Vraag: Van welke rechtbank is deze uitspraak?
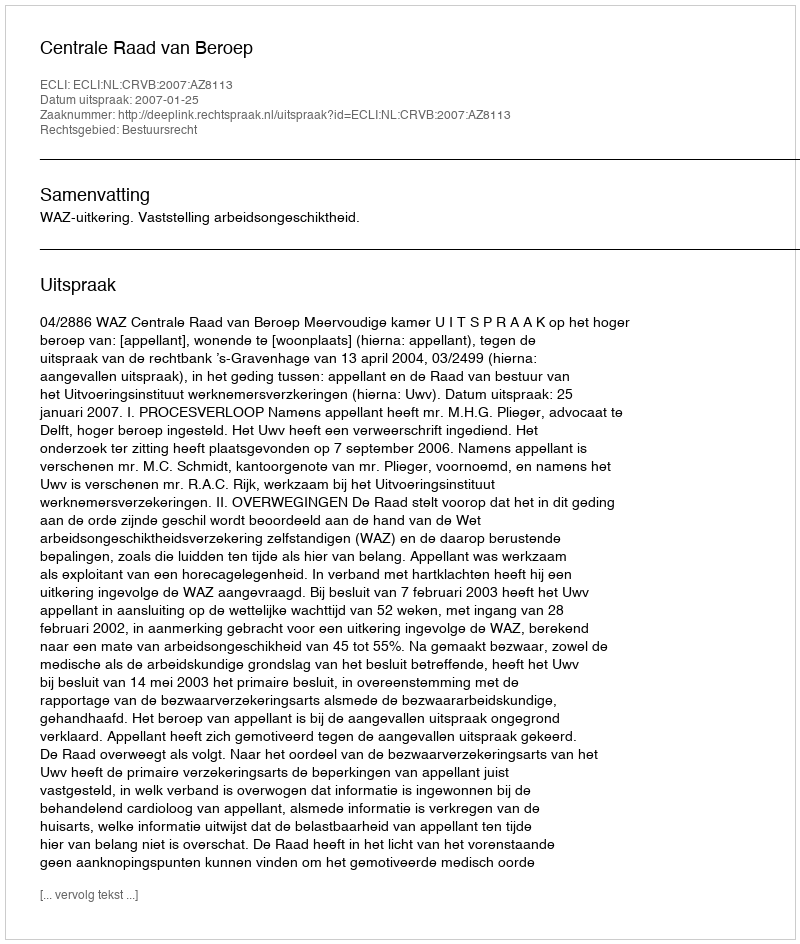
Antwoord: Centrale Raad van Beroep